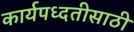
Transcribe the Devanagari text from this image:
कार्यपध्दतीसाठी